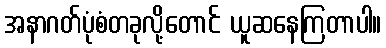
အနာဂတ်ပုံစံတခုလို့တောင် ယူဆနေကြတာပါ။